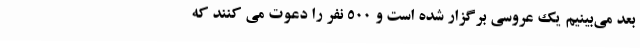
بعد می‌بینیم یک عروسی برگزار شده است و ۵۰۰ نفر را دعوت می کنند که